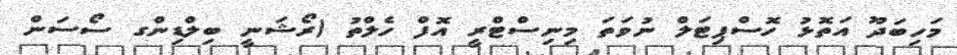
މަހިބަދޫ އަތޮޅު ހޮސްޕިޓަލް ނުވަތަ މިނިސްޓްރީ އޮފް ހެލްތު (ރޯޝަނީ ބިލްޑިންގ ސޯސަން